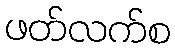
ဖတ်လက်စ